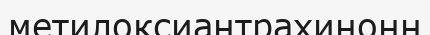
метилоксиантрахинонн